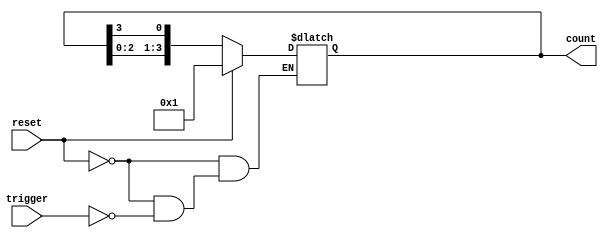
module async_ring_counter #(
    parameter N = 4  // Number of states (flip-flops)
)(
    input wire reset,    // Asynchronous reset
    input wire trigger,  // Trigger signal for state transition
    output reg [N-1:0] count // Output representing the current state
);

// Initial state
initial begin
    count = 1'b1; // Start with the first flip-flop set to 1
end

// Asynchronous logic
always @(*) begin
    if (reset) begin
        count = 1'b1; // Reset to the initial state
    end else if (trigger) begin
        // Shift the active state to the next flip-flop
        count = {count[N-2:0], count[N-1]}; // Shift left
    end
end

endmodule